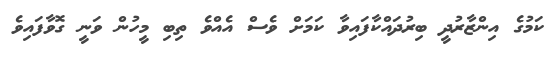
ކަމުގެ އިންޒާރުދީ ބިރުދައްކާފައިވާ ކަމަށް ވެސް އެއްވެ ތިބި މީހުން ވަނީ ގޮވާފައިވެ